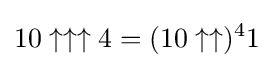
10\uparrow \uparrow \uparrow 4=(10\uparrow \uparrow )^{4}1